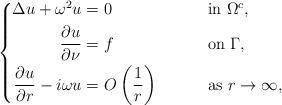
LaTeX: \begin{align*}\left\{\begin{aligned}\Delta u + \omega^2 u =&\ 0\qquad&&\mbox{ in } \Omega^c,\\ \frac{\partial u}{\partial \nu} =&\ f\qquad&&\mbox{ on } \Gamma,\\\frac{\partial u}{\partial r} - i\omega u =&\ O \left( \frac{1}{r} \right)\qquad&&\mbox{ as } r\to\infty,\end{aligned}\right.\end{align*}